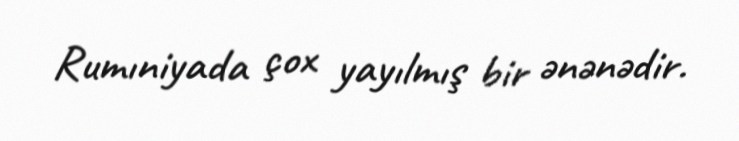
Rumıniyada çox yayılmış bir ənənədir.